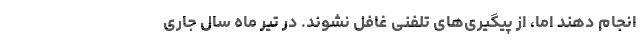
انجام دهند اما، از پیگیری‌های تلفنی غافل نشوند. در تیر ماه سال جاری